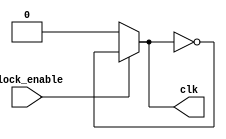
`timescale 1ns / 1ps
//////////////////////////////////////////////////////////////////////////////////
// Company: 
// Engineer: 
// 
// Design Name: 
// Module Name: clock
// Project Name: 
// Target Devices: 
// Tool Versions: 
// Description: 
// 
// Dependencies: 
// 
// Revision:
// Revision 0.01 - File Created
// Additional Comments:
// 
//////////////////////////////////////////////////////////////////////////////////


module clock(
    input clock_enable,
    output reg clk
    );
    initial begin
        clk <= 0;
    end
    always begin
        if (clock_enable) begin
        #5 clk = ~clk;
        end
        else clk <= 0;
    end
endmodule